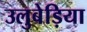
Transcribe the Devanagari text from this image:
उलुबेड़िया